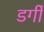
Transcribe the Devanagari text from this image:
डर्गी